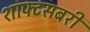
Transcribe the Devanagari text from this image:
शाफ्टसबरी